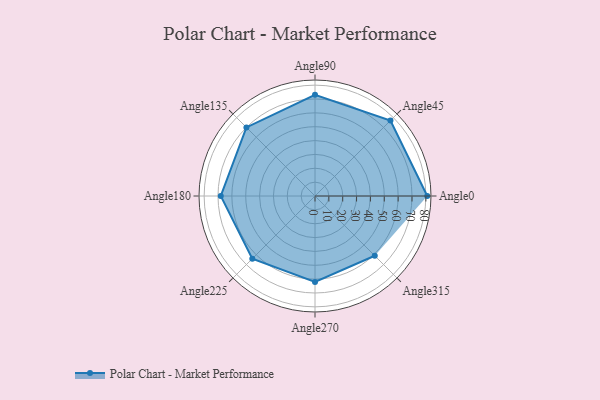
{"axis": {"x": "Angle", "y": "Radius"}, "legend": [""], "data": [{"x": "Angle0", "y": 81.0, "type": ""}, {"x": "Angle45", "y": 77.0, "type": ""}, {"x": "Angle90", "y": 73.0, "type": ""}, {"x": "Angle135", "y": 70.0, "type": ""}, {"x": "Angle180", "y": 68.0, "type": ""}, {"x": "Angle225", "y": 64.0, "type": ""}, {"x": "Angle270", "y": 62.0, "type": ""}, {"x": "Angle315", "y": 61.0, "type": ""}]}